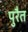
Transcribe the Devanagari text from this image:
पुरैत